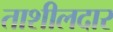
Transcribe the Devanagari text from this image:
ताशीलदार